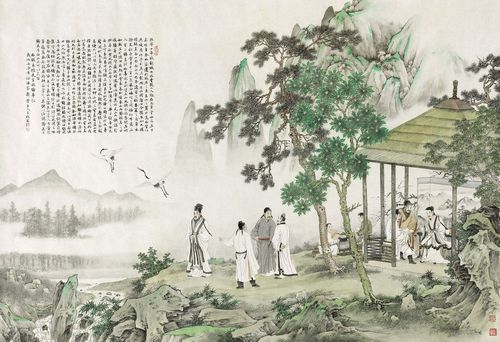
亭上秋风，记去年袅袅，曾到吾庐。